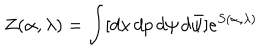
Z ( \alpha , \lambda ) = \int [ d x \, d p \, d \psi \, d \bar { \psi } ] e ^ { S ( \alpha , \lambda ) }